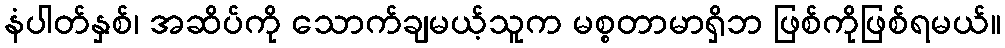
နံပါတ်နှစ်၊ အဆိပ်ကို သောက်ချမယ့်သူက မစ္စတာမာရှိဘ ဖြစ်ကိုဖြစ်ရမယ်။